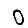
Digit: 0